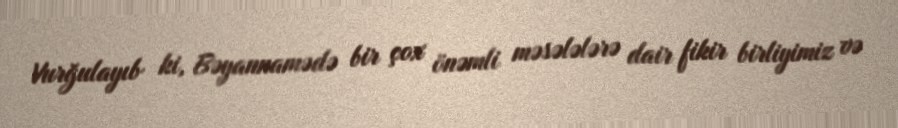
Vurğulayıb ki, Bəyannamədə bir çox önəmli məsələlərə dair fikir birliyimiz və